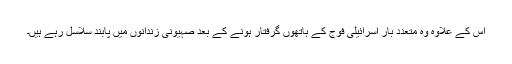
اس کے علاوہ وہ متعدد بار اسرائیلی فوج کے ہاتھوں گرفتار ہونے کے بعد صہیونی زندانوں میں پابند سلاسل رہے ہیں۔